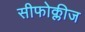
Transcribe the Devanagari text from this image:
सीफोक्लीज